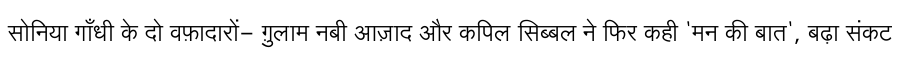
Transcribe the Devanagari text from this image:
सोनिया गाँधी के दो वफ़ादारों- ग़ुलाम नबी आज़ाद और कपिल सिब्बल ने फिर कही 'मन की बात', बढ़ा संकट